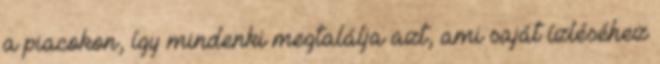
a piacokon, így mindenki megtalálja azt, ami saját ízléséhez